Civil Veterinary Department ledger series I-VI
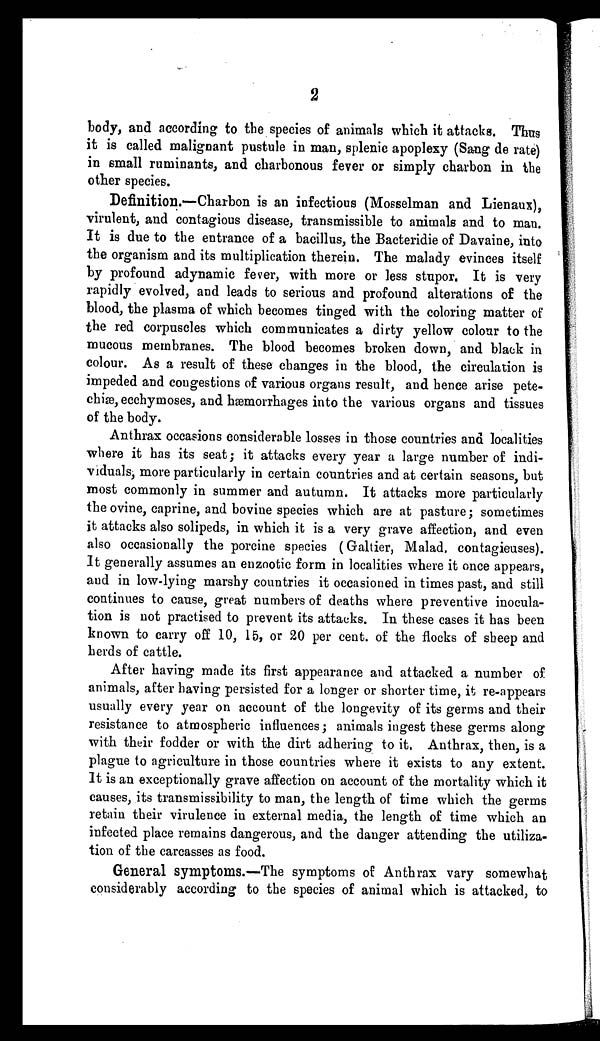
2
body, and according to the species of animals which it attacks. Thus
it is called malignant pustule in man, splenic apoplexy (Sang de rate)
in small ruminants, and charbonous fever or simply charbon in the
other species.
Definition.—Charbon is an infectious (Mosselman and Lienaux),
virulent, and contagious disease, transmissible to animals and to man.
It is due to the entrance of a bacillus, the Bacteridie of Davaine, into
the organism and its multiplication therein. The malady evinces itself
by profound adynamic fever, with more or less stupor. It is very
rapidly evolved, and leads to serious and profound alterations of the
blood, the plasma of which becomes tinged with the coloring matter of
the red corpuscles which communicates a dirty yellow colour to the
mucous membranes. The blood becomes broken down, and black in
colour. As a result of these changes in the blood, the circulation is
impeded and congestions of various organs result, and hence arise pete-
chiæ, ecchymoses, and hæmorrhages into the various organs and tissues
of the body.
Anthrax occasions considerable losses in those countries and localities
where it has its seat; it attacks every year a large number of indi-
viduals, more particularly in certain countries and at certain seasons, but
most commonly in summer and autumn. It attacks more particularly
the ovine, caprine, and bovine species which are at pasture; sometimes
it attacks also solipeds, in which it is a very grave affection, and even
also occasionally the porcine species (Galtier, Malad. contagieuses).
It generally assumes an enzootic form in localities where it once appears,
and in low-lying marshy countries it occasioned in times past, and still
continues to cause, great numbers of deaths where preventive inocula-
tion is not practised to prevent its attacks. In these cases it has been
known to carry off 10, 15, or 20 per cent. of the flocks of sheep and
herds of cattle.
After having made its first appearance and attacked a number of
animals, after having persisted for a longer or shorter time, it re-appears
usually every year on account of the longevity of its germs and their
resistance to atmospheric influences; animals ingest these germs along
with their fodder or with the dirt adhering to it. Anthrax, then, is a
plague to agriculture in those countries where it exists to any extent.
It is an exceptionally grave affection on account of the mortality which it
causes, its transmissibility to man, the length of time which the germs
retain their virulence in external media, the length of time which an
infected place remains dangerous, and the danger attending the utiliza-
tion of the carcasses as food.
General symptoms.—The symptoms of Anthrax vary somewhat
considerably according to the species of animal which is attacked, to